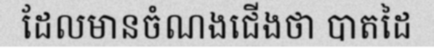
ដែលមានចំណងជើងថា បាតដៃ